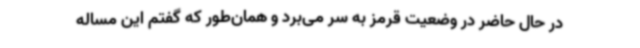
در حال حاضر در وضعیت قرمز به سر می‌برد و همان‌طور که گفتم این مساله